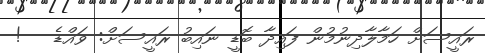
ރައީސަށް ހަމާލާދިނުމުން ފައިދާ ބޮޑީ ނައިބު ރައީސަށް: ވައްޑެ   !